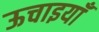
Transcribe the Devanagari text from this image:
ऊचाइयाँ